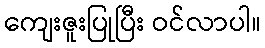
ကျေးဇူးပြုပြီး ဝင်လာပါ။